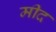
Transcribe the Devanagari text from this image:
मीद